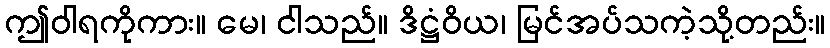
ဤဝါရကိုကား။ မေ၊ ငါသည်။ ဒိဋ္ဌံဝိယ၊ မြင်အပ်သကဲ့သို့တည်း။